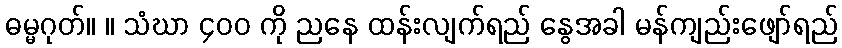
ဓမ္မဂုတ်။ ။ သံဃာ ၄၀၀ ကို ညနေ ထန်းလျက်ရည် နွေအခါ မန်ကျည်းဖျော်ရည်